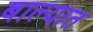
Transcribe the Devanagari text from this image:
बाल्यात